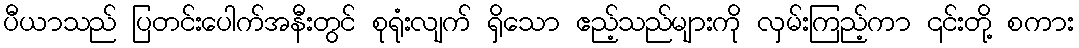
ပီယာသည် ပြတင်းပေါက်အနီးတွင် စုရုံးလျက် ရှိသော ဧည့်သည်များကို လှမ်းကြည့်ကာ ၎င်းတို့ စကား